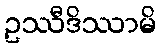
ဥဿီဒိဿာမိ